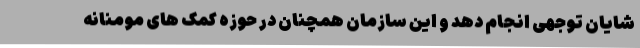
شایان توجهی انجام دهد و این سازمان همچنان در حوزه کمک های مومنانه